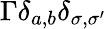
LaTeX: \Gamma\delta_{a,b}\delta_{\sigma,\sigma^{\prime}}